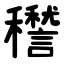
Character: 䆌